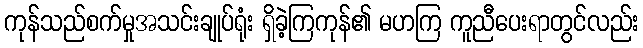
ကုန်သည်စက်မှုအသင်းချုပ်ရုံး ရှိခဲ့ကြကုန်၏ မဟကြ ကူညီပေးရာတွင်လည်း